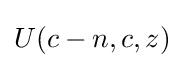
U(c-n,c,z)